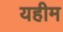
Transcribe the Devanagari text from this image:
यहीम